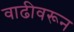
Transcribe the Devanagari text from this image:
वाढीवरून